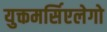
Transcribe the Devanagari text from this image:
युक्तमर्सिएलेगो